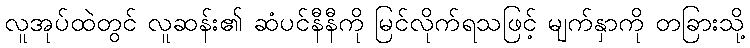
လူအုပ်ထဲတွင် လူဆန်း၏ ဆံပင်နီနီကို မြင်လိုက်ရသဖြင့် မျက်နှာကို တခြားသို့